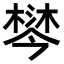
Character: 𣙄